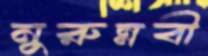
নুরুন্নবী